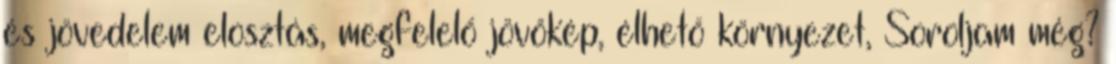
és jövedelem elosztás, megfelelő jövőkép, élhető környezet, Soroljam még?